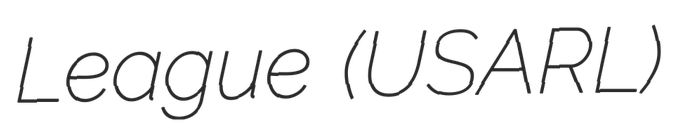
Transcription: League (USARL)